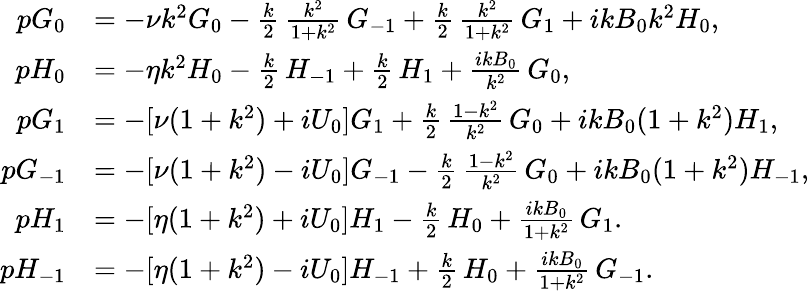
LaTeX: \begin{array}{rl}{pG_{0}}&{=-\nu k^{2}G_{0}-\frac{k}{2}\, \frac{k^{2}}{1+k^{2}}\, G_{-1}+\frac{k}{2}\, \frac{k^{2}}{1+k^{2}}\, G_{1}+ikB_{0}k^{2}H_{0},}\\ {pH_{0}}&{=-\eta k^{2}H_{0}-\frac{k}{2}\, H_{-1}+\frac{k}{2}\, H_{1}+\frac{ikB_{0}}{k^{2}}\, G_{0},}\\ {pG_{1}}&{=-[\nu(1+k^{2})+iU_{0}]G_{1}+\frac{k}{2}\, \frac{1-k^{2}}{k^{2}}\, G_{0}+ikB_{0}(1+k^{2})H_{1},}\\ {pG_{-1}}&{=-[\nu(1+k^{2})-iU_{0}]G_{-1}-\frac{k}{2}\, \frac{1-k^{2}}{k^{2}}\, G_{0}+ikB_{0}(1+k^{2})H_{-1},}\\ {pH_{1}}&{=-[\eta(1+k^{2})+iU_{0}]H_{1}-\frac{k}{2}\, H_{0}+\frac{ikB_{0}}{1+k^{2}}\, G_{1}.}\\ {pH_{-1}}&{=-[\eta(1+k^{2})-iU_{0}]H_{-1}+\frac{k}{2}\, H_{0}+\frac{ikB_{0}}{1+k^{2}}\, G_{-1}.}\end{array}